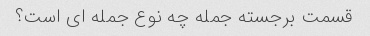
قسمت برجسته جمله چه نوع جمله ای است؟